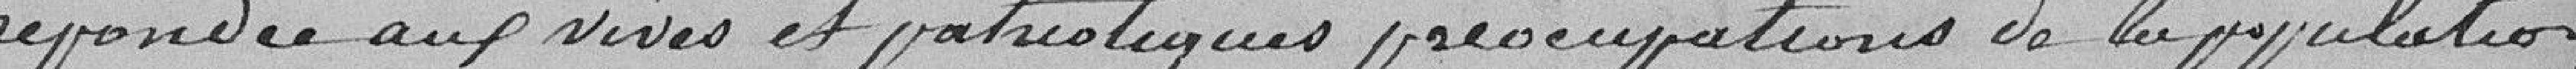
répondre aux vives et patriotiques préoccupations de la population